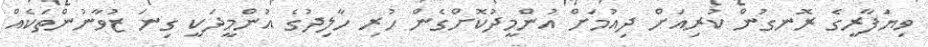
ވިޔަފާރީގެ ރޮނގުން ކުރިއަށް ދިއުމަށް އުންމީދުކޮށްގެން ހުރި ހާލިދުގެ އުންމީދަކީ ގިނަ ޒުވާނުންތަކެއް